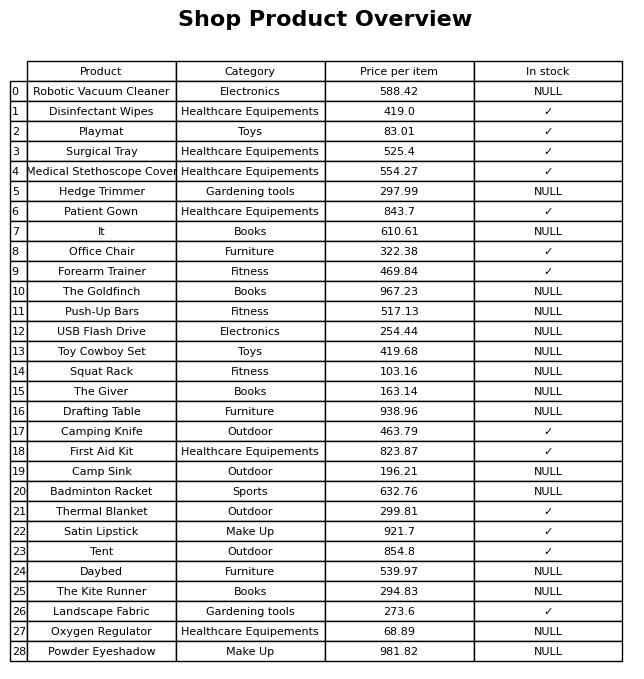
question: What is the stock status of the It?
answer: NULL